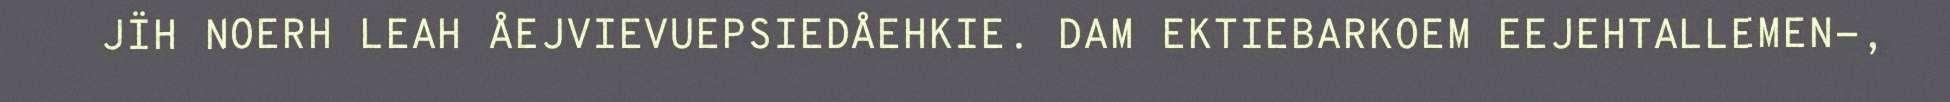
JÏH NOERH LEAH ÅEJVIEVUEPSIEDÅEHKIE. DAM EKTIEBARKOEM EEJEHTALLEMEN-,